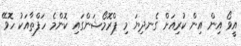
އީވޯ އިން އިން ކުރިއަށް ގެނދިޔަ މި ޕްރޮމޯޝަންގައި ކޮންމެ ހަފްތާއަކު ހޮވޭ